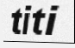
titi